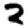
Digit: 2